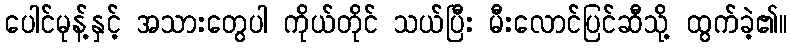
ပေါင်မုန့်နှင့် အသားတွေပါ ကိုယ်တိုင် သယ်ပြီး မီးလောင်ပြင်ဆီသို့ ထွက်ခဲ့၏။